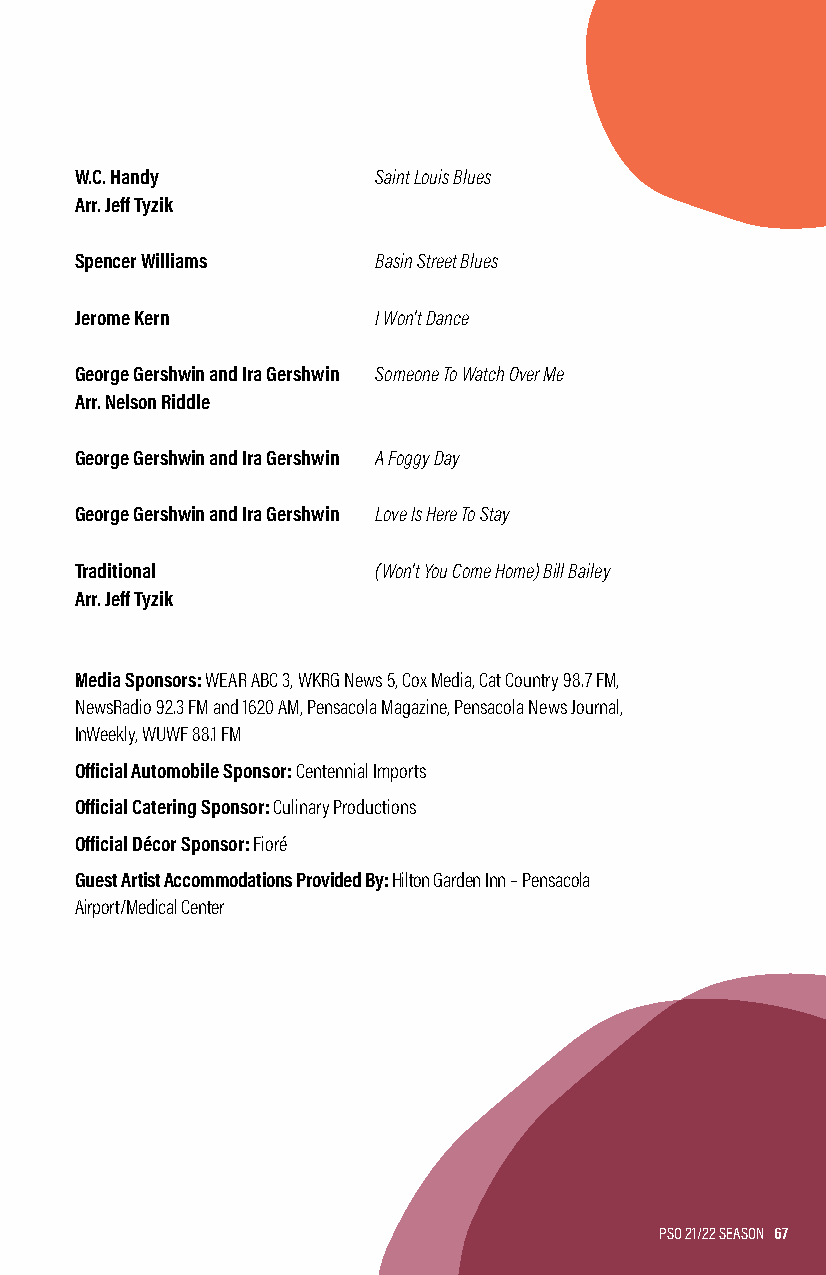
W.C. Handy          Saint Louis Blues
 Arr. Jeff Tyzik
 Spencer Williams    Basin Street Blues
 Jerome Kern         I Won’t Dance
 George Gershwin and Ira Gershwin Someone To Watch Over Me
 Arr. Nelson Riddle
 George Gershwin and Ira Gershwin A Foggy Day
 George Gershwin and Ira Gershwin Love Is Here To Stay
 Traditional         (Won’t You Come Home) Bill Bailey
 Arr. Jeff Tyzik
 Media Sponsors: WEAR ABC 3, WKRG News 5, Cox Media, Cat Country 98.7 FM,
 NewsRadio 92.3 FM and 1620 AM, Pensacola Magazine, Pensacola News Journal,
 InWeekly, WUWF 88.1 FM
 Official Automobile Sponsor: Centennial Imports
 Official Catering Sponsor: Culinary Productions
 Official Décor Sponsor: Fioré
 Guest Artist Accommodations Provided By: Hilton Garden Inn – Pensacola
 Airport/Medical Center
 PSO 21/22 SEASON 67